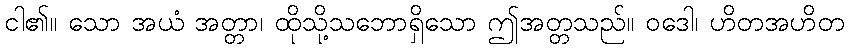
ငါ၏။ သော အယံ အတ္တာ၊ ထိုသို့သဘောရှိသော ဤအတ္တသည်။ ဝဒေါ၊ ဟိတအဟိတ